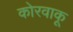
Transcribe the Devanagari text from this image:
कोरवाकू